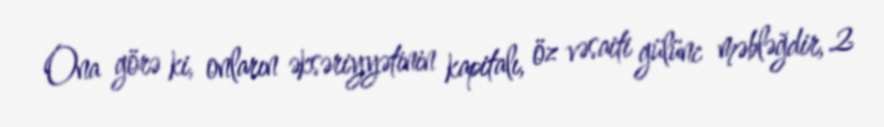
Ona görə ki, onların əksəriyyətinin kapitalı, öz vəsaiti gülünc məbləğdir, 2